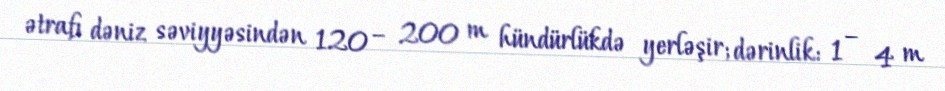
ətrafı dəniz səviyyəsindən 120 – 200 m hündürlükdə yerləşir; dərinlik: 1 – 4 m